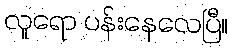
လူရော ပန်းနေလေပြီ။